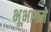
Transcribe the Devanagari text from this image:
भूभागमे